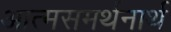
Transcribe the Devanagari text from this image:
आत्मसमर्थनार्थ